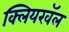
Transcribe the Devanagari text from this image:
क्लियरवॅल